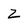
Character: z